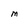
Character: M